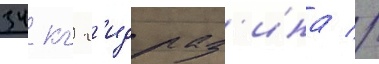
34 кг г'идраз'ина //